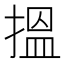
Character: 搵